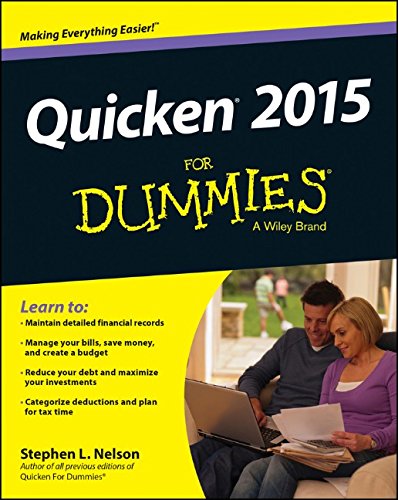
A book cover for Quicken 2015 For Dummies (Quicken for Dummies); Stephen L. Nelson; Computers & Technology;